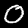
Digit: 0